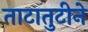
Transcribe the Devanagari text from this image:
ताटातुटीने